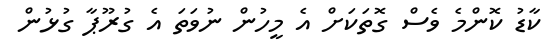
ކާޑު ކޮންމެ ވެސް ގޮތަކަށް އެ މީހުން ނުވަތަ އެ ގުރޫޕާ ގުޅުން